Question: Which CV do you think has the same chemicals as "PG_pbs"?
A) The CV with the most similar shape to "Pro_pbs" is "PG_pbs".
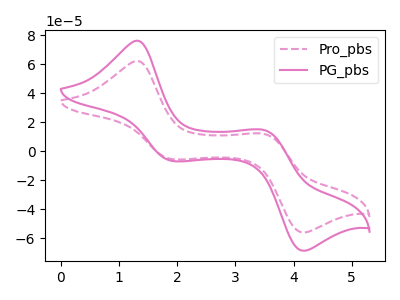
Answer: <think>The pink dashed curve "Pro_pbs" has anodic peaks at (1.30V, 62.15uA) (3.50V, 11.75uA) and cathodic peaks at (1.90V, -5.50uA) (4.15V, -56.00uA). The pink curve "PG_pbs" has anodic peaks at (1.30V, 76.10uA) (3.50V, 14.40uA) and cathodic peaks at (1.90V, -6.70uA) (4.15V, -68.60uA).
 All the peaks in "Pro_pbs" have a peak in "PG_pbs" at the same potential. Every peak in "Pro_pbs" is lower than every peak in "PG_pbs".</think>
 <answer>A) The CV with the most similar shape to "Pro_pbs" is "PG_pbs".</answer>
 <eval>A</eval>